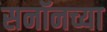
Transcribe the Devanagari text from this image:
सनॉनच्या